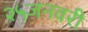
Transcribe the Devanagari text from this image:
२५जनवरी